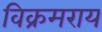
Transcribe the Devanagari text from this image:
विक्रमराय